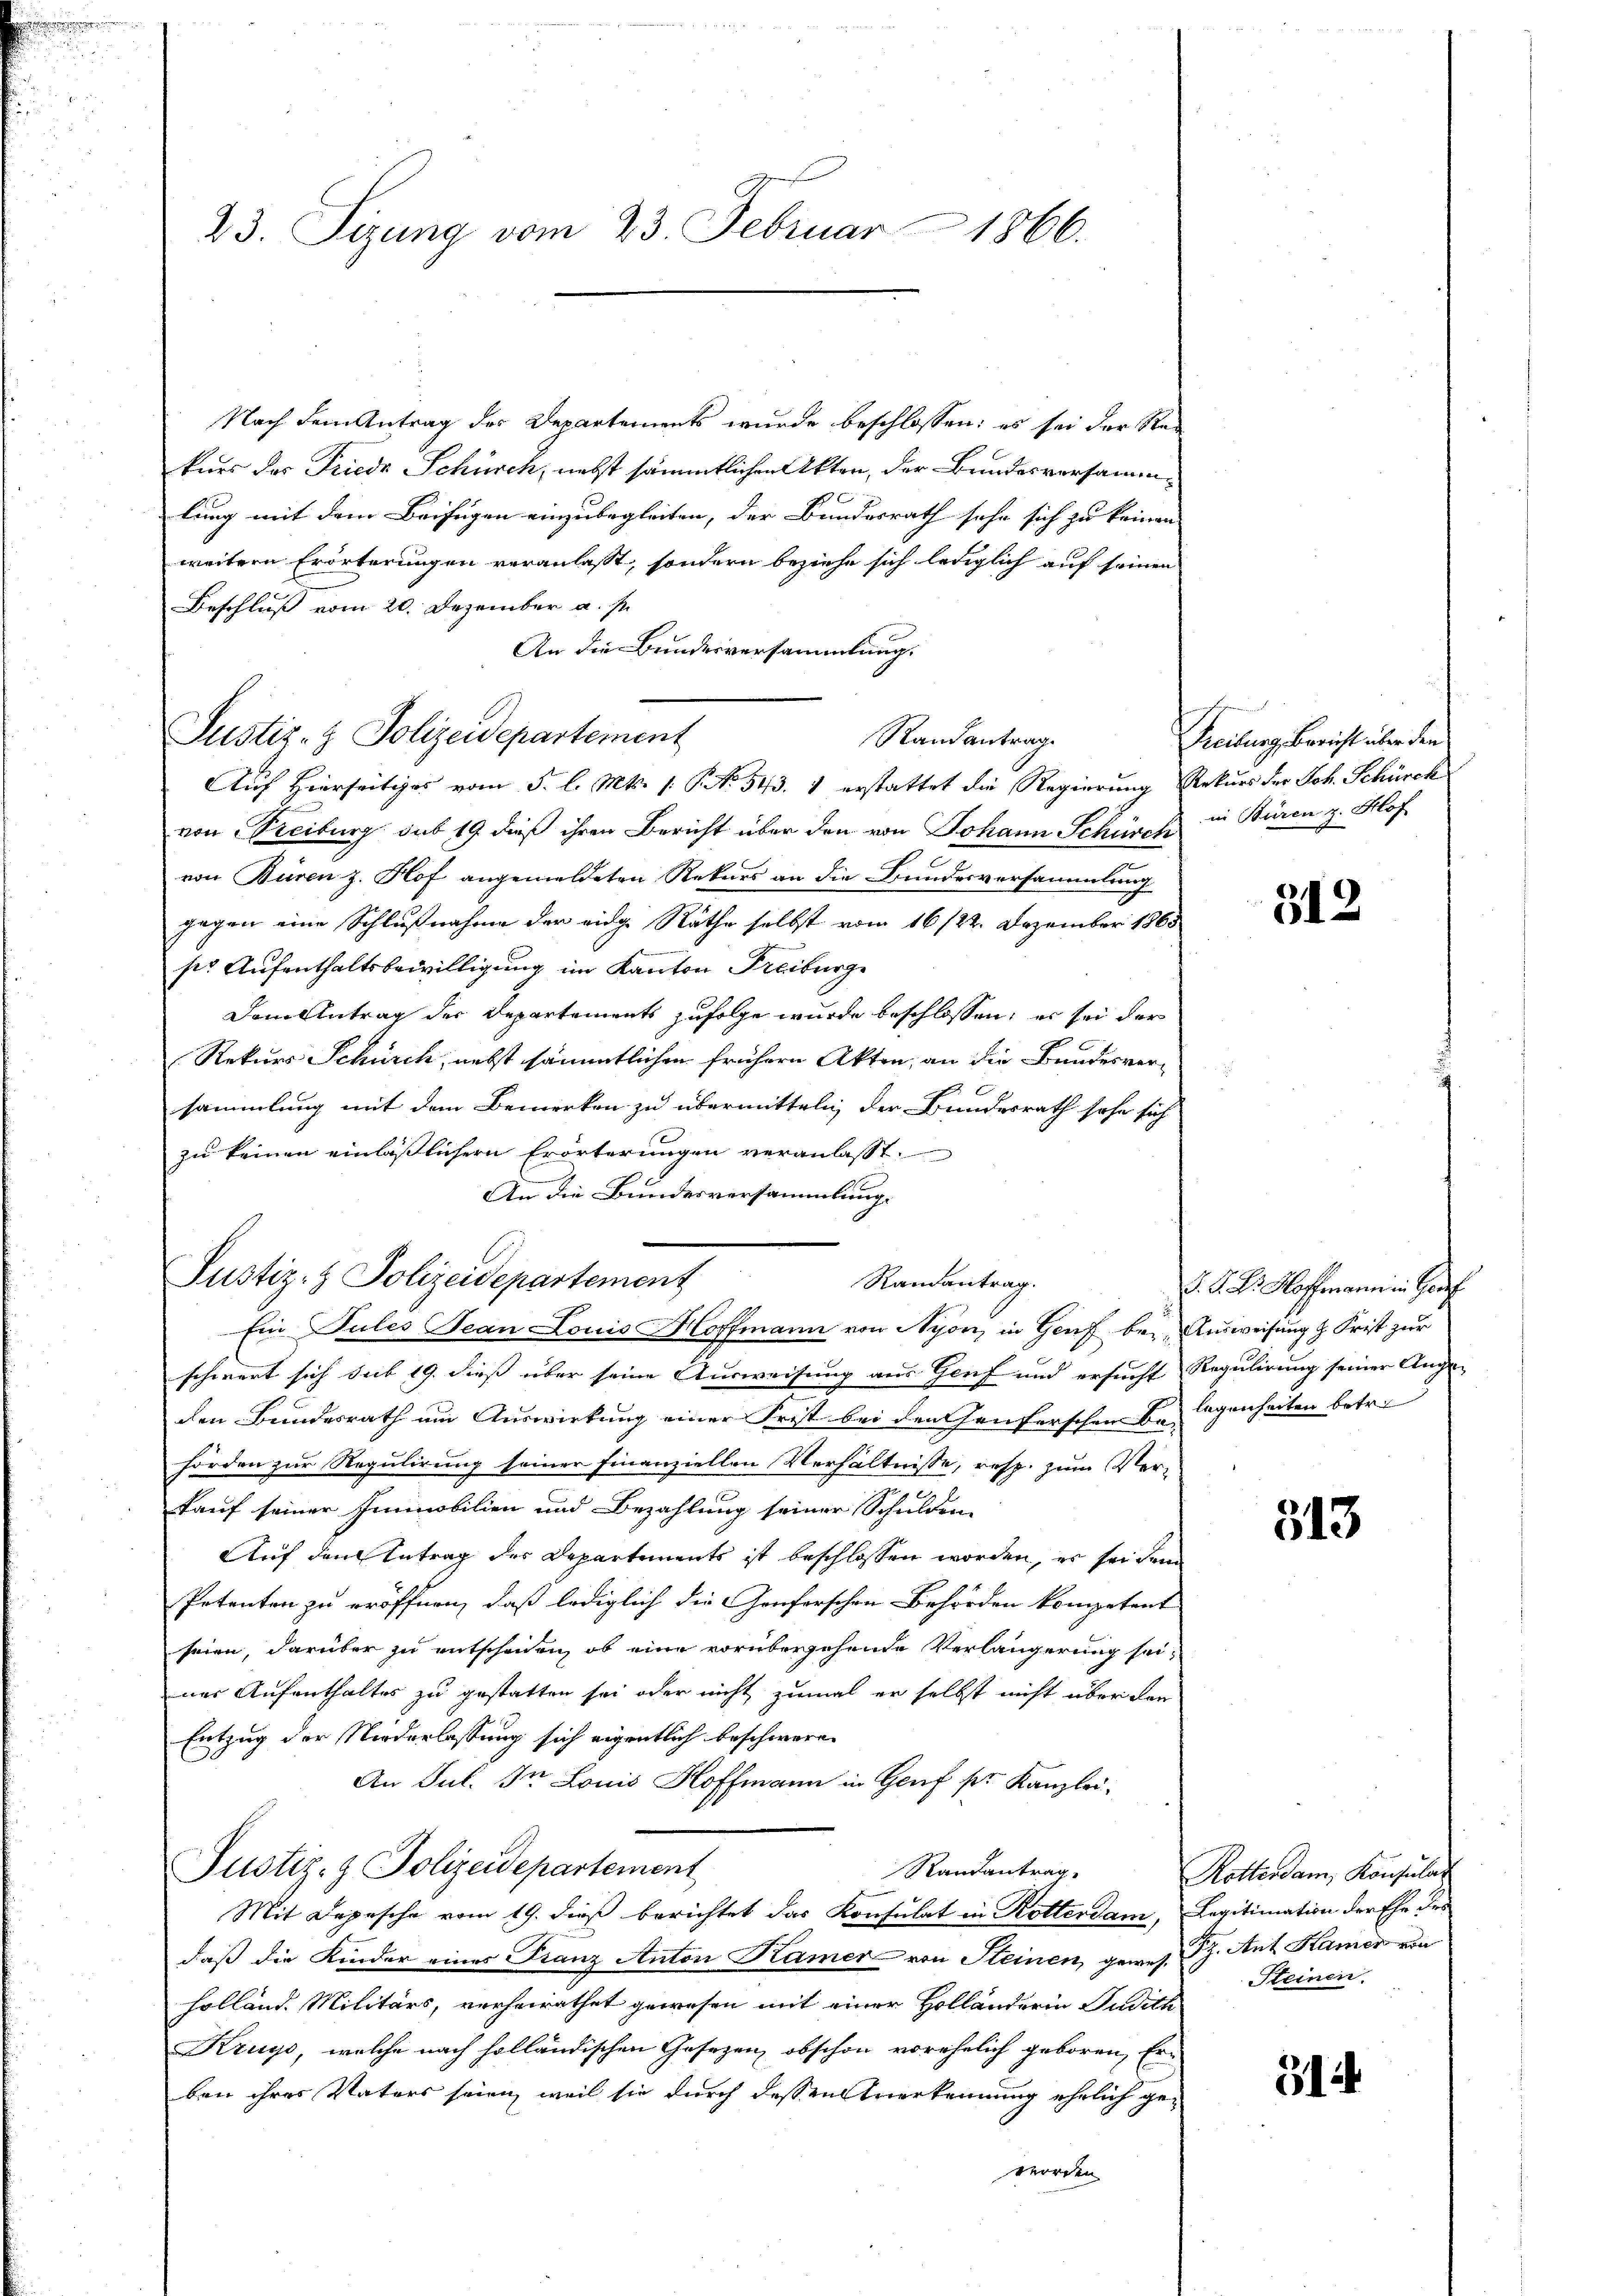
23. Sitzung vom 23. Februar 1866.

Nach dem Antrag des Departements wurde beschlossen: es sei der Stei
kurs der Friede Schürch, nebst sämmtlichen Akten, der Bundesversammlung mit dem Beifügen einzubegleiten, der Bundesrath sehr sich zu keinen |
weitern Erörterungen veranlasst, sondern beziehe sich lediglich auf seinen
Beschluß vom 20. Dezember a. s.
An die Bundesversammlung.
Justiz- & Polizeidepartement
Randantrag
Auf Hierseitiges vom 5. l. Mts. 1. No 543. 1 erstattet die Regierung Rekurs der Joh. Schürck
von Treiburg sub 19 dieß ihren Bericht über den von Johann Schürche in Büren z. Hof
von Büren z. Flof angemeldeten Rekurs an die Bundesversammlung
gegen eine Schlußnahme der eidg. Räthe selbst vom 16/22. Dezember 1865
ser Aufenthaltsbewilligung im Kanton Freiburg
Dem Antrag der Departements zufolge wurde beschlossen; es sei der
Rekurs Schürch, nebst sämmtlichen frühern Akten, an die Bundesversammlung mit dem Bemerken zu übermitteln, der Bundesrath sehe sich
zu keinen einläßlichern Erörterungen veranlasst.
An die Bundesversammlung.
Ein Tules Jean Louis Hoffmann von Nyon, in Genf bei Ausweisung z. Frist zur
schwert sich sub 19. dieß über seine Ausweisung aus Genf und ersucht Regulirung seiner Ange-
den Bundesrath um Auswirkung einer Frist bei den Genferschen belegenheiten betre
hörden zur Regulirung seiner Finanziellen Verhältnisse, resp. zum Ver-
Kauf seiner Immobilien und Bezahlung seiner Schulden-
Auf dem Antrag der Departements ist beschlossen worden, er sei dem
Petenten zu eröffnen, daß lediglich die Genferschen Behörden kompetent
seien, darüber zu entschenden, ob eine vorübergehende Verlängerung seiner Aufenthaltes zu gestatten sei oder nicht zumal er selbst nicht über den
Entzug der Niederlassung sich eigentlich beschweren
An Jul. In Louis Hoffmann in Genf pr. Kanzlei¬
Justiz- & Polizeidepartement
Randantrag.
Mit Depesche vom 19. dieß berichtet das Konsulat in Rottersam, Legitimation der Ehe der
daß die Kinder eines Franz Anton Kamer von Steinen, gewes. Ph. Art Hamer von
Holland. Militärs, verheirathet gewesen mit einer Hollanderin Judith
Kruys, welche nach holländischen Gesezen, obschon vorehelich geboren, Er-
ben ihres Vaters seien, weil sie durch dessen Anerkennung ehelich geworden

Justiz- & Polizeidepartement

Randantrag.

Teilung Bericht über den

512

J. K. K. Hoffmann in Hauf

313

Rotterdam, Konsulat
Steinen.

314